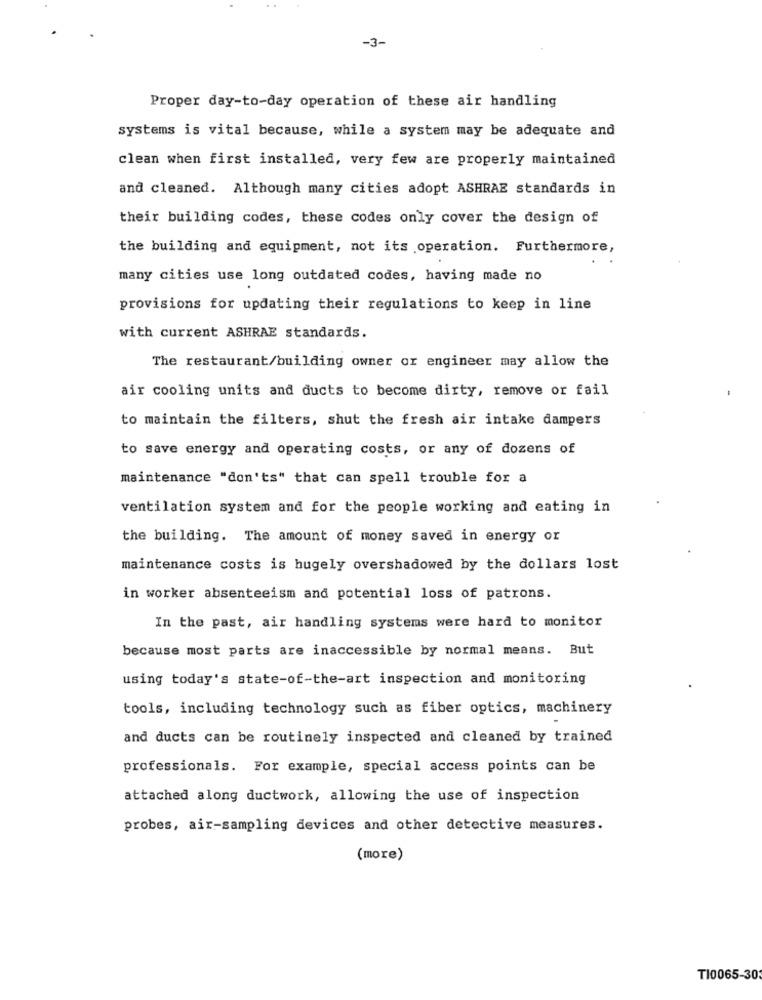
-3-
Proper day-to-day operation of these air handling
systems is vital because, while a system may be adequate and
clean when first installed, very few are properly maintained
and cleaned. Although many cities adopt ASHRAE standards in
their building codes, these codes only cover the design of
the building and equipment, not its operation. Furthermore,
many cities use long outdated codes, having made no
provisions for updating their regulations to keep in line
with current ASHRAE standards.
The restaurant/building owner or engineer may allow the
air cooling units and ducts to become dirty, remove or fail
to maintain the filters, shut the fresh air intake dampers
to save energy and operating costs, or any of dozens of
maintenance "don'ts" that can spell trouble for a
ventilation system and for the people working and eating in
the building. The amount of money saved in energy or
maintenance costs is hugely overshadowed by the dollars lost
in worker absenteeism and potential loss of patrons.
In the past, air handling systems were hard to monitor
because most parts are inaccessible by normal means. But
using today's state-of-the-art inspection and monitoring
tools, including technology such as fiber optics, machinery
and ducts can be routinely inspected and cleaned by trained
professionals. For example, special access points can be
attached along ductwork, allowing the use of inspection
probes, air-sampling devices and other detective measures.
(more)
TI0065-30